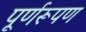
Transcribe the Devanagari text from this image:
पूर्णरूपण